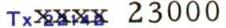
TxXXXX 23000